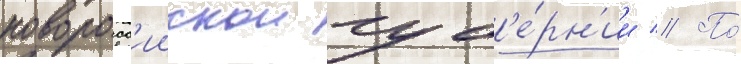
новоросс'иискои губ'е́рн'ии // По́